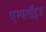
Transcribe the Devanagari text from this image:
एम्पलॉइज